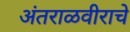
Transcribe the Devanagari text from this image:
अंतराळवीराचे